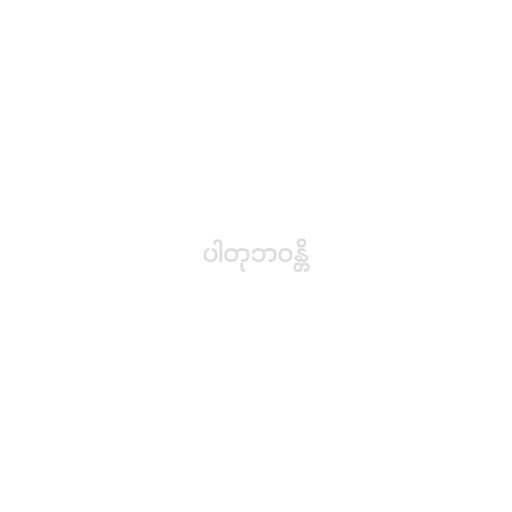
ပါတုဘဝန္တိ